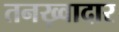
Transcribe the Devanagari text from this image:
तनख़्वादार